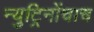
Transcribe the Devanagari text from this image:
न्युट्रिनोंचाच